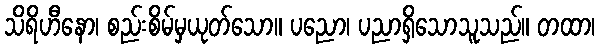
သိရိဟီနော၊ စည်းစိမ်မှယုတ်သော။ ပညော၊ ပညာရှိသောသူသည်။ တထာ၊